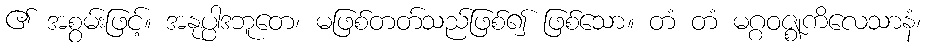
၏ အစွမ်းဖြင့်။ အနုပ္ပါဒဘူတေ၊ မဖြစ်တတ်သည်ဖြစ်၍ ဖြစ်သော။ တံ တံ မဂ္ဂဝဇ္ဈကိလေသာနံ၊